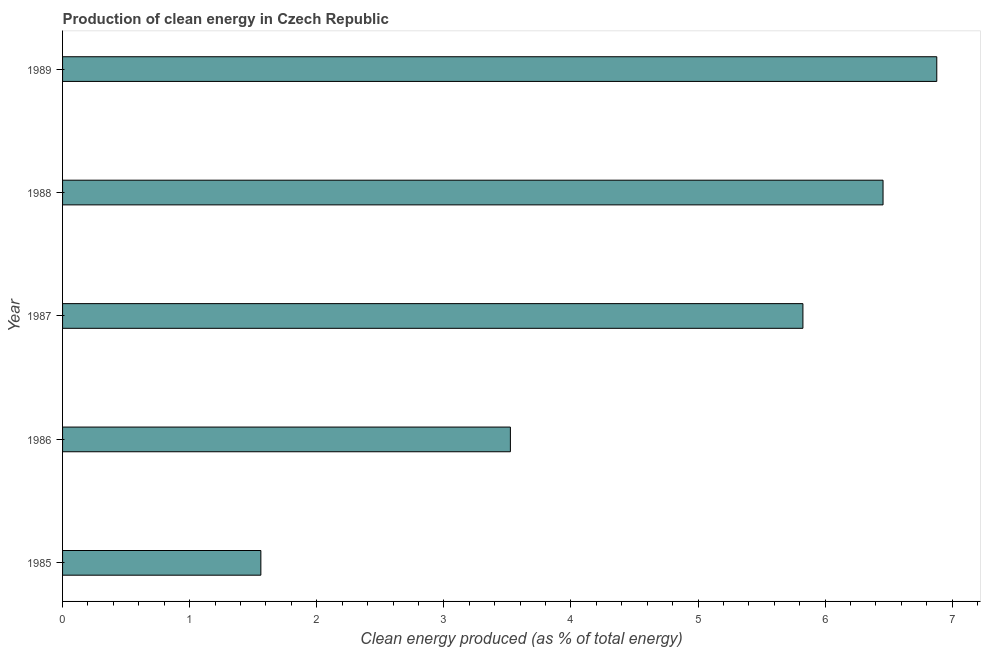
| Year | Alternative and nuclear energy |
 | --- | --- |
 | 1985 | 1.56 |
 | 1986 | 3.52 |
 | 1987 | 5.83 |
 | 1988 | 6.46 |
 | 1989 | 6.88 |